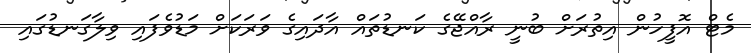
މެޓް އޮފީހުން އިތުރަށް ބުނީ ރާއްޖޭގެ ކަނޑުތައް އާދައިގެ ވަރަކަށް މަޑުވެފައި ވިލާގަނޑުގައި